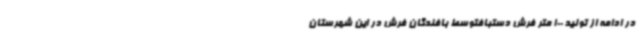
در ادامه از تولید 100 متر فرش دستبافتوسط بافندگان فرش در این شهرستان